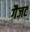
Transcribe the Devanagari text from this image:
गैजट